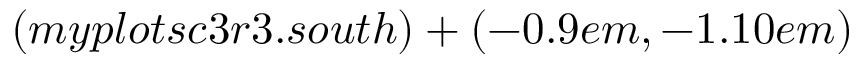
( m y p l o t s c 3 r 3 . s o u t h ) + ( - 0 . 9 e m , - 1 . 1 0 e m )